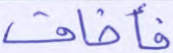
فأخاف